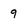
Character: 9